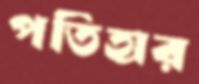
পতিহার